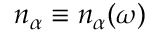
n _ { \alpha } \equiv n _ { \alpha } ( \omega )